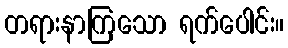
တရားနာကြသော ရက်ပေါင်း။